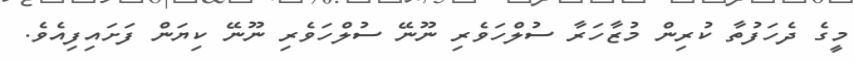
މީގެ ދެހަފުތާ ކުރިން މުޒާހަރާ ސުލްހަވެރި ނޫނޭ ސުލްހަވެރި ނޫނޭ ކިޔަން ފަށައިފިއެވެ.